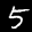
Label: 5